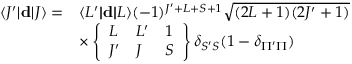
\begin{array} { r l } { \langle J ^ { \prime } | \! | \mathbf { d } | \! | J \rangle = } & { \langle L ^ { \prime } | \! | \mathbf { d } | \! | L \rangle ( - 1 ) ^ { J ^ { \prime } + L + S + 1 } \sqrt { ( 2 L + 1 ) ( 2 J ^ { \prime } + 1 ) } } \\ & { \times \left\{ \begin{array} { l l l } { L } & { L ^ { \prime } } & { 1 } \\ { J ^ { \prime } } & { J } & { S } \end{array} \right\} \delta _ { S ^ { \prime } S } ( 1 - \delta _ { \Pi ^ { \prime } \Pi } ) } \end{array}